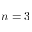
n = 3